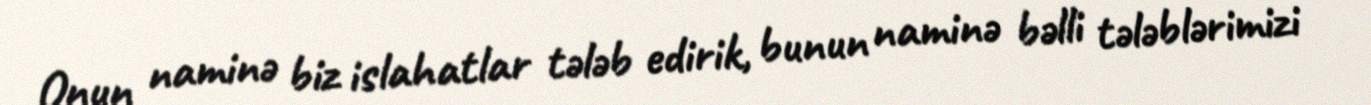
Onun naminə biz islahatlar tələb edirik, bunun naminə bəlli tələblərimizi